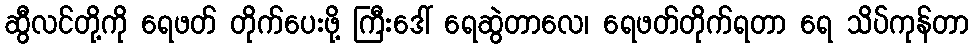
ဆွီလင်တို့ကို ရေဖတ် တိုက်ပေးဖို့ ကြီးဒေါ် ရေဆွဲတာလေ၊ ရေဖတ်တိုက်ရတာ ရေ သိပ်ကုန်တာ